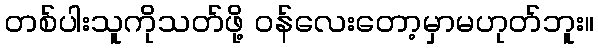
တစ်ပါးသူကိုသတ်ဖို့ ဝန်လေးတော့မှာမဟုတ်ဘူး။